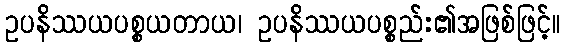
ဥပနိဿယပစ္စယတာယ၊ ဥပနိဿယပစ္စည်း၏အဖြစ်ဖြင့်။